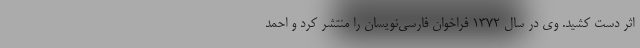
اثر دست کشید. وی در سال ۱۳۷۲ فراخوان فارسی‌نویسان را منتشر کرد و احمد